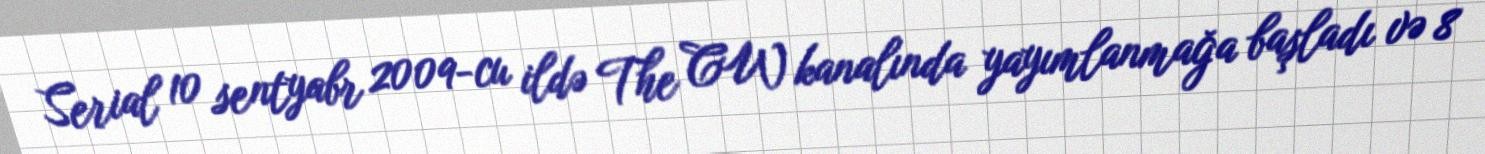
Serial 10 sentyabr 2009-cu ildə The CW kanalında yayımlanmağa başladı və 8